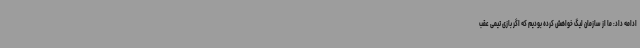
ادامه داد: ما از سازمان لیگ خواهش کرده بودیم که اگر بازی تیمی عقب